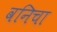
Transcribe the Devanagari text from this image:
वनिचा